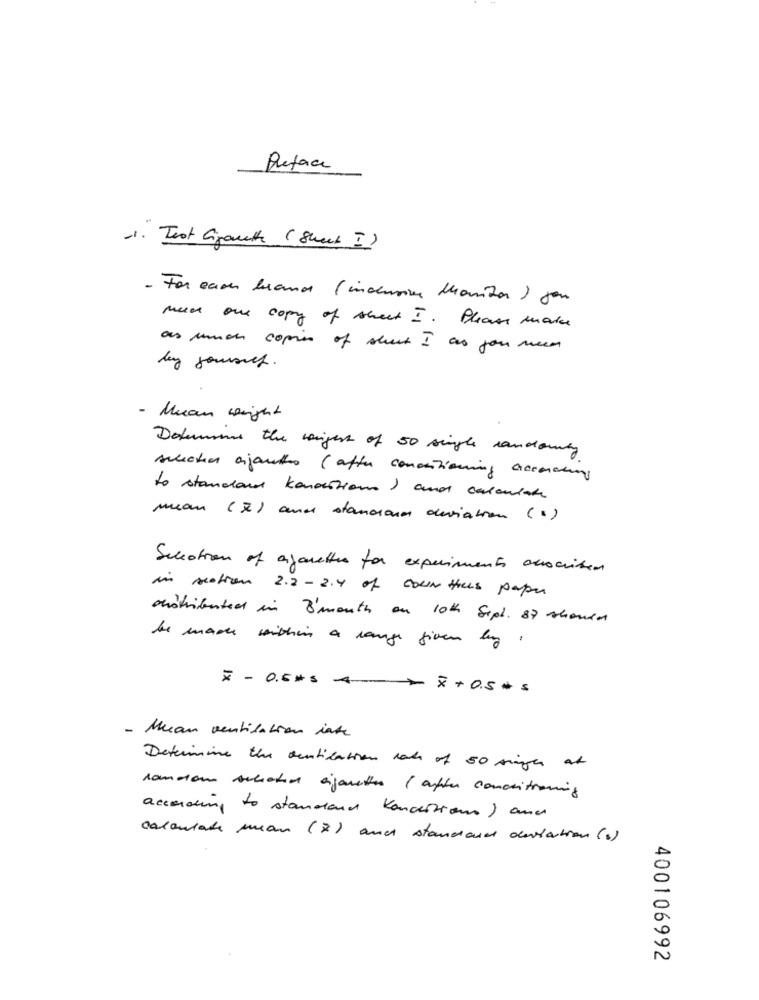
Preface
-1. Test Gigante (Sheet I)
- For cases lands (inclusive Monitor ) you
muss one copy of sheet I. Please make
as much copin of sheet I as you need
ley journey.
- Mean weight
Dokument the longest of 50 single candowing
suche ajantes ( after conditioning according
to standard konsestions ) and calculate
mean (X) and standraum deviation (.)
Sucotion of agarettes for experiments ovocrisen
in motion 2.2 - 2.4 of coun this paper
distributed in l'month au 10th Sept. 87 should
be made within a range given by .
x - 0.5#5 4
> x+0.5 * =
- Mean ventilation inte
Determine the ventilation rate of 50 might at
romaon selected sigaretten ( after conceitraining
according to standard Konsertions ) and
calculate mean (z) and standard deviation (1)
400106992